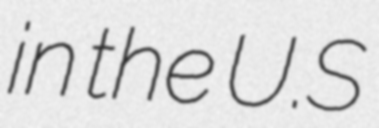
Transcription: in the U.S